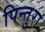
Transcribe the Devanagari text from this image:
पिन्तुरा